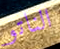
الناتو